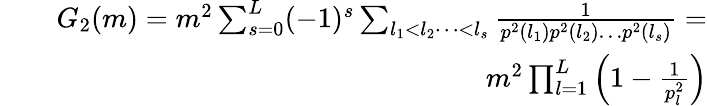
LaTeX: \begin{array}{rlr}&{}&{G_{2}(m)=m^{2}\sum_{s=0}^{L}(-1)^{s}\sum_{l_{1}<l_{2}\dots<l_{s}}\frac{1}{p^{2}(l_{1})p^{2}(l_{2})\dots p^{2}(l_{s})}=}\\ &{}&{m^{2}\prod_{l=1}^{L}\left(1-\frac{1}{p_{l}^{2}}\right)}\end{array}